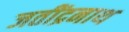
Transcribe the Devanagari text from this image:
जतींद्रनाथ